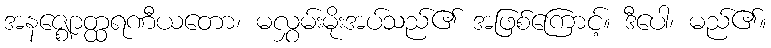
အနဇ္ဈောတ္ထရဏီယတော၊ မလွှမ်းမိုးအပ်သည်၏ အဖြစ်ကြောင့်။ ဒီပေါ၊ မည်၏။